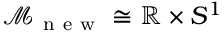
\mathcal { M } _ { \mathrm { ~ n ~ e ~ w ~ } } \cong \mathbb { R } \times S ^ { 1 }